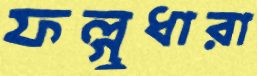
ফল্গুধারা